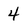
Character: 4